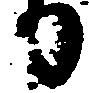
か